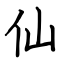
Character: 仙